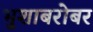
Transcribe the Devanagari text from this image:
भुशाबरोबर